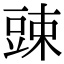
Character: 䜹